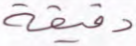
دقيقة